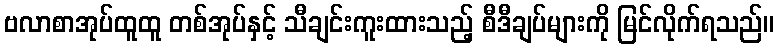
ဗလာစာအုပ်ထူထူ တစ်အုပ်နှင့် သီချင်းကူးထားသည့် စီဒီချပ်များကို မြင်လိုက်ရသည်။